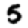
Digit: 5